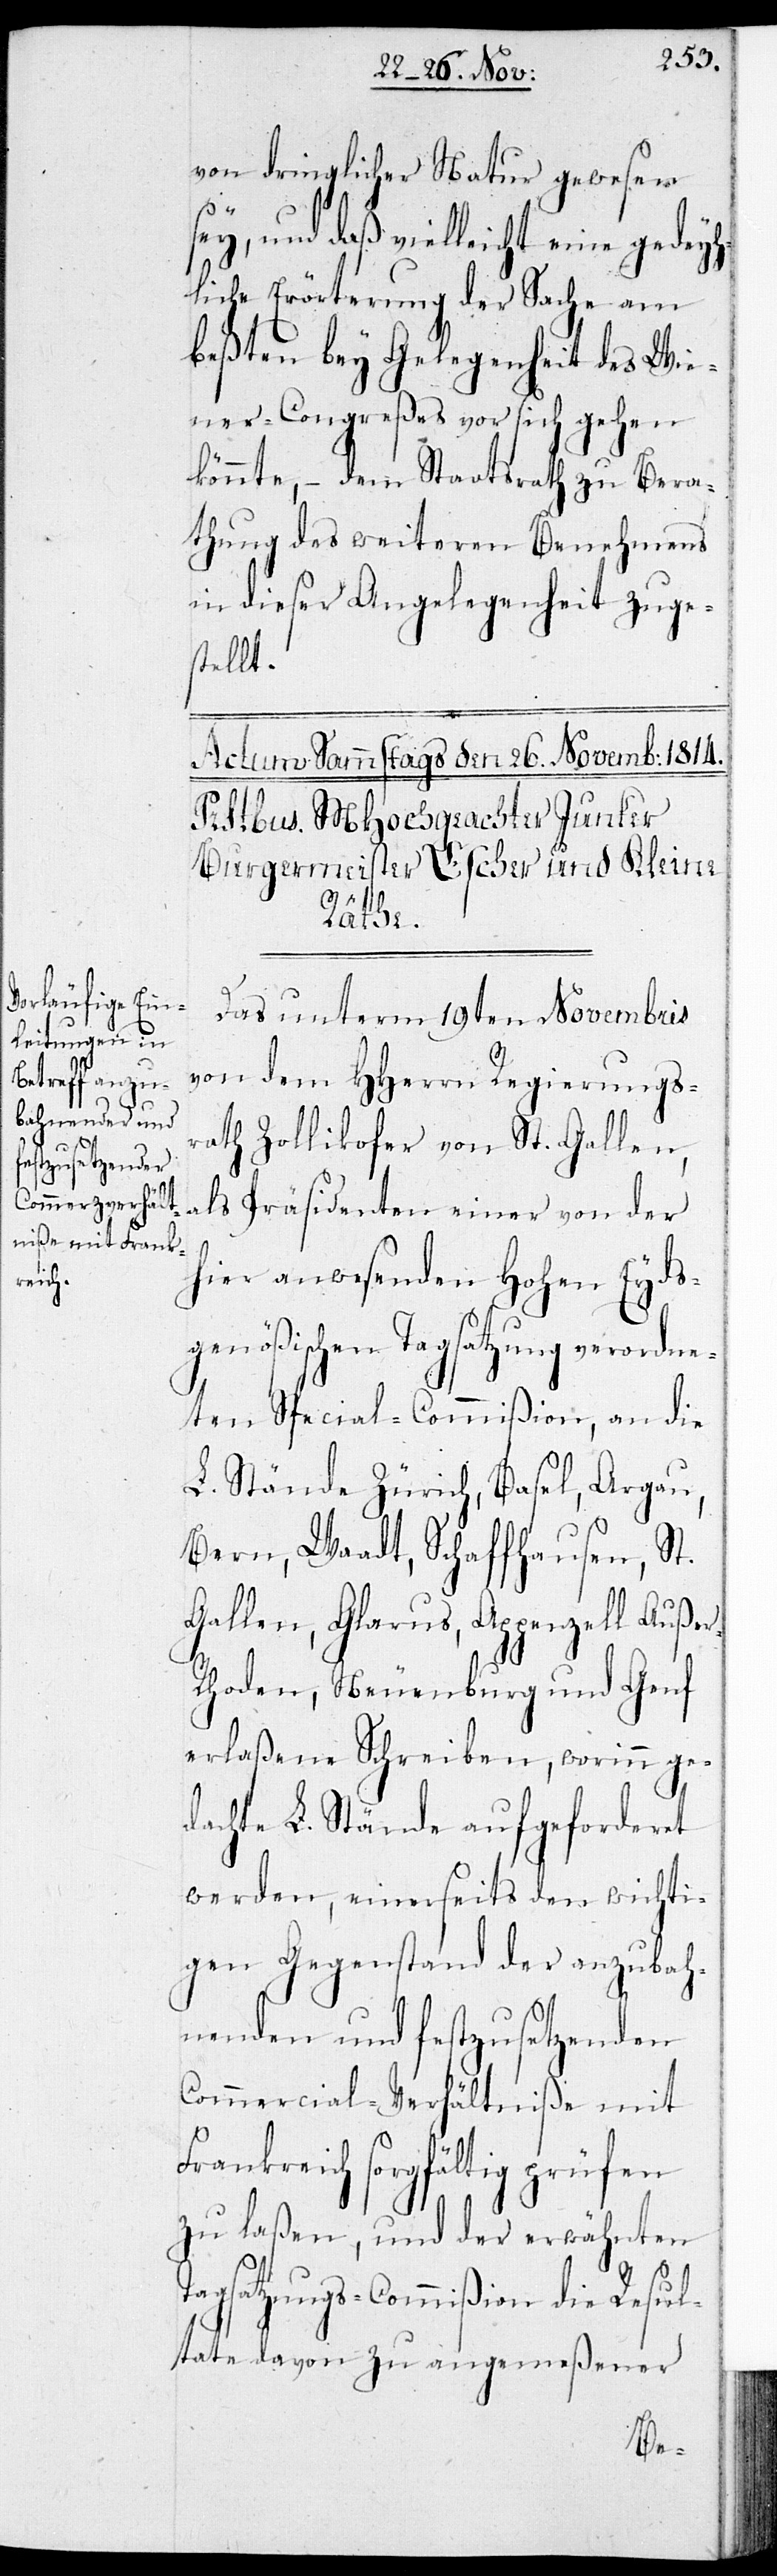
von dringlicher Natur gewesen
sey, und daß vielleicht eine gedey¬
liche Erörterung der Sache am
beßten bey Gelegenheit des Wie¬
ner-Congreßes vor sich gehen
könnte, – dem Staatsrath zu Bera¬
thung des weiteren Benehmens
in dieser Angelegenheit zuge¬
stellt.
Das unterm 19ten Novembris
von dem HHerrn Regierungs¬
rath Zollikofer von St. Gallen
als Präsidenten einer von der
hier anwesenden Hohen Eyds¬
genößischen Tagsatzung verordne¬
ten Special-Commißion, an die
L. Stände Zürich, Basel, Aargau,
Bern, Waadt, Schaffhausen, St.
Gallen, Glarus, Appenzell Auße¬
hoden, Neuenburg und Genf
erlaßene Schreiben, worinn ge¬
dachte L. Stände aufgeforderet
werden, einerseits den wichti¬
gen Gegenstand der anzubah¬
nenden und festzusetzenden
Commerzial-Verhältniße mit
Frankreich sorgfältig prüfen
zu laßen, und der erwähnten
Tagsatzungs-Commißion die Resul¬
tate davon zu angemeßener
r-R¬